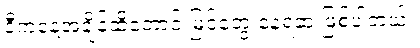
ဒီကနေ့အချိန်ထိတောင် မြင်တွေ့ နေရဆဲ ဖြစ်ပါတယ်။